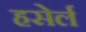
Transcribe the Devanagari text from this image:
हसेर्ल